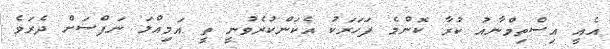
އެއީ އިސްތިމްނާއު ކުރާ ކޮންމެ ފަހަރަކު އެކަންކުރެވުނީ ތީ އަމިއްލަ ނަފްސަށް ދެރަވެ